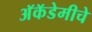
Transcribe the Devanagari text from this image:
अॅकॅडेमीचे